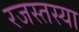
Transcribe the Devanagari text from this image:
रजस्तस्या